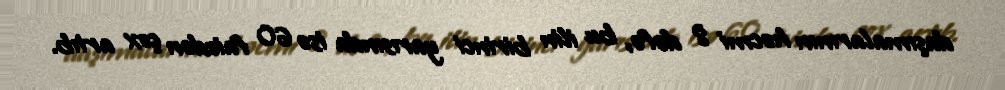
daşımalarının həcmi 8 dəfə, bu ilin birinci yarısında isə 60 faizdən çox artıb.